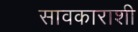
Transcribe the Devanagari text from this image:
सावकाराशी